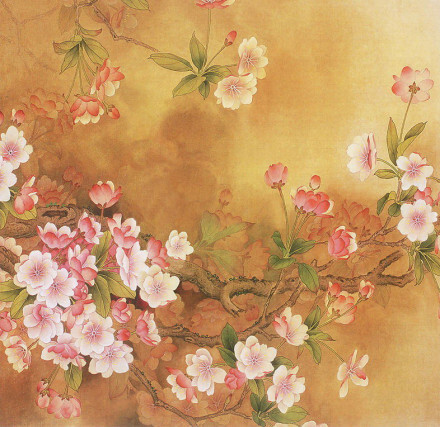
留连戏蝶时时舞，自在娇莺恰恰啼。